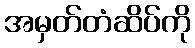
အမှတ်တံဆိပ်ကို